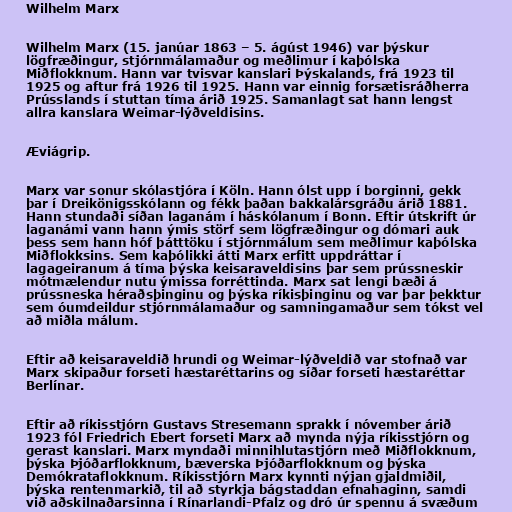
Wilhelm Marx

Wilhelm Marx (15. janúar 1863 – 5. ágúst 1946) var þýskur
lögfræðingur, stjórnmálamaður og meðlimur í kaþólska
Miðflokknum. Hann var tvisvar kanslari Þýskalands, frá 1923 til
1925 og aftur frá 1926 til 1925. Hann var einnig forsætisráðherra
Prússlands í stuttan tíma árið 1925. Samanlagt sat hann lengst
allra kanslara Weimar-lýðveldisins.

Æviágrip.

Marx var sonur skólastjóra í Köln. Hann ólst upp í borginni, gekk
þar í Dreikönigsskólann og fékk þaðan bakkalársgráðu árið 1881.
Hann stundaði síðan laganám í háskólanum í Bonn. Eftir útskrift úr
laganámi vann hann ýmis störf sem lögfræðingur og dómari auk
þess sem hann hóf þátttöku í stjórnmálum sem meðlimur kaþólska
Miðflokksins. Sem kaþólikki átti Marx erfitt uppdráttar í
lagageiranum á tíma þýska keisaraveldisins þar sem prússneskir
mótmælendur nutu ýmissa forréttinda. Marx sat lengi bæði á
prússneska héraðsþinginu og þýska ríkisþinginu og var þar þekktur
sem óumdeildur stjórnmálamaður og samningamaður sem tókst vel
að miðla málum.

Eftir að keisaraveldið hrundi og Weimar-lýðveldið var stofnað var
Marx skipaður forseti hæstaréttarins og síðar forseti hæstaréttar
Berlínar.

Eftir að ríkisstjórn Gustavs Stresemann sprakk í nóvember árið
1923 fól Friedrich Ebert forseti Marx að mynda nýja ríkisstjórn og
gerast kanslari. Marx myndaði minnihlutastjórn með Miðflokknum,
þýska Þjóðarflokknum, bæverska Þjóðarflokknum og þýska
Demókrataflokknum. Ríkisstjórn Marx kynnti nýjan gjaldmiðil,
þýska rentenmarkið, til að styrkja bágstaddan efnahaginn, samdi
við aðskilnaðarsinna í Rínarlandi-Pfalz og dró úr spennu á svæðum